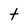
Character: t